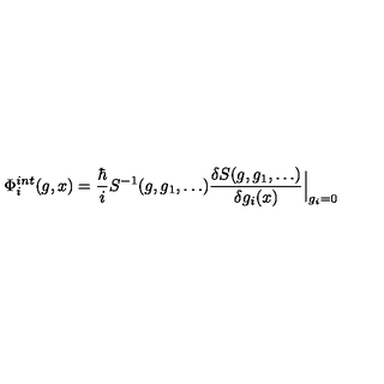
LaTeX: \Phi _ { i } ^ { i n t } ( g , x ) = { \frac { \hbar } { i } } S ^ { - 1 } ( g , g _ { 1 } , \ldots ) \frac { \delta S ( g , g _ { 1 } , \ldots ) } { \delta g _ { i } ( x ) } \Big | _ { g _ { i } = 0 }